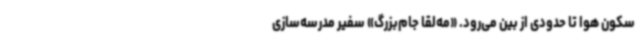
سکون هوا تا حدودی از بین می‌رود. «مه‌لقا جام‌بزرگ» سفیر مدرسه‌سازی